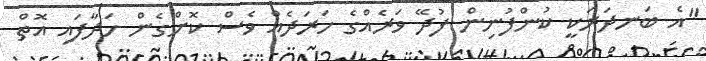
"އެ ބަނދަރަކީ ކުންފުނިން ފުދޭ ވަރެއްގެ ހަރަދެއް ވެސް ކޮށްގެން ހަދާފައި އޮތް